Malaria in India - Number 2
Disease focus: Malaria
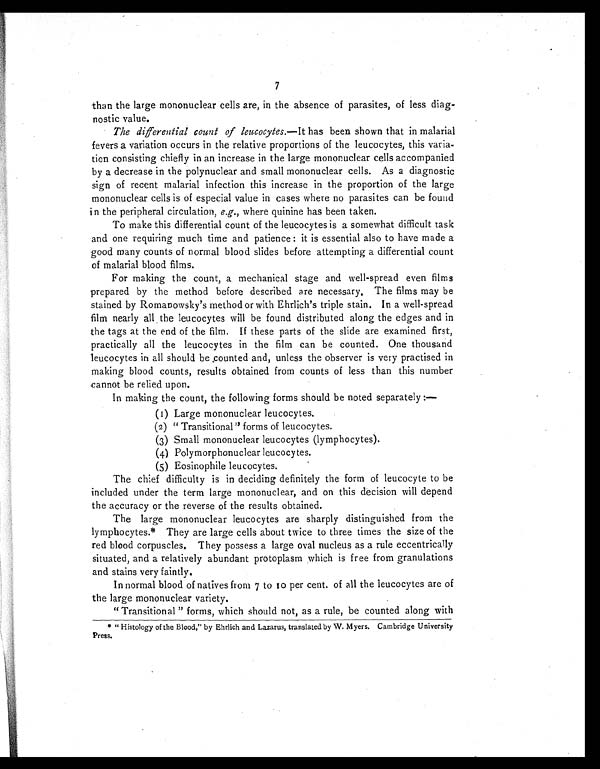
7
than the large mononuclear cells are, in the absence of parasites, of less diag-
nostic value.
The differential count of leucocytes.— It has been shown that in malarial
fevers a variation occurs in the relative proportions of the leucocytes, this varia-
tion consisting chiefly in an increase in the large mononuclear cells accompanied
by a decrease in the polynuclear and small mononuclear cells. As a diagnostic
sign of recent malarial infection this increase in the proportion of the large
mononuclear cells is of especial value in cases where no parasites can be found
in the peripheral circulation, e.g., where quinine has been taken.
To make this differential count of the leucocytes is a somewhat difficult task
and one requiring much time and patience: it is essential also to have made a
good many counts of normal blood slides before attempting a differential count
of malarial blood films.
For making the count, a mechanical stage and well-spread even films
prepared by the method before described are necessary. The films may be
stained by Romanowsky's method or with Ehrlich's triple stain. In a well-spread
film nearly all the leucocytes will be found distributed along the edges and in
the tags at the end of the film. If these parts of the slide are examined first,
practically all the leucocytes in the film can be counted. One thousand
leucocytes in all should be counted and, unless the observer is very practised in
making blood counts, results obtained from counts of less than this number
cannot be relied upon.
In making the count, the following forms should be noted separately:-
(1) Large mononuclear leucocytes.
(2) "Transi t i onal " forms of l eucocyt es.
(3) Small mononuclear leucocytes (lymphocytes).
(4) Pol ymorphonucl ear l eucocyt es.
( 5 ) E o s i n o p h i l e l e u c o c y t e s .
The chief difficulty is in deciding definitely the form of leucocyte to be
included under the term large mononuclear, and on this decision will depend
the accuracy or the reverse of the results obtained.
The large mononuclear leucocytes are sharply distinguished from the
lymphocytes.* They are large cells about twice to three times the size of the
red blood corpuscles. They possess a large oval nucleus as a rule eccentrically
situated, and a relatively abundant protoplasm which is free from granulations
and stains very faintly.
In normal blood of natives from 7 to 10 per cent. of all the leucocytes are of
the large mononuclear variety.
"Transitional" forms, which should not, as a rule, be counted along with
* " Histology of the Blood," by Ehrlich and Lazarus, translated by W. Myers. Cambridge University
Press.